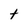
Character: t